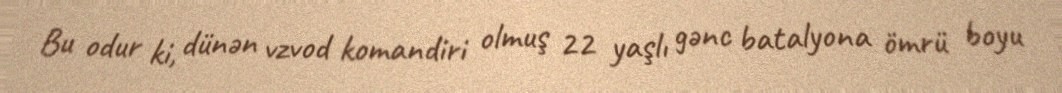
Bu odur ki, dünən vzvod komandiri olmuş 22 yaşlı gənc batalyona ömrü boyu